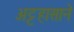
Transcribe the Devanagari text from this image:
अट्टहासाने